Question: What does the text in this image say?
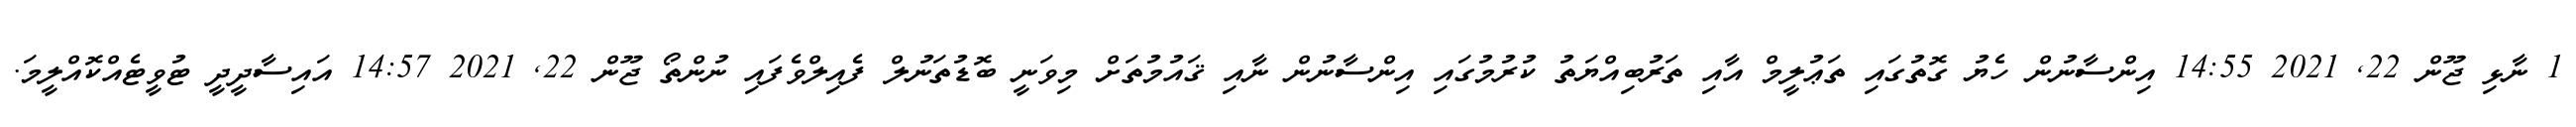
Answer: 1 ނާޅި ޖޫން 22, 2021 14:55 އިންސާނުން ހެޔު ގޮތުގައި ތަޢުލީމް އާއި ތަރުބިއްޔަތު ކުރުމުގައި އިންސާނުން ނާއި ޤައުމުތަށް މިވަނީ ބޮޑުތަނުލް ފެއިލްވެފައި ނުންތޯ ޖޫން 22, 2021 14:57 އައިސާދީދީ ޓުވީޓެއްކޮއްލީމަ.